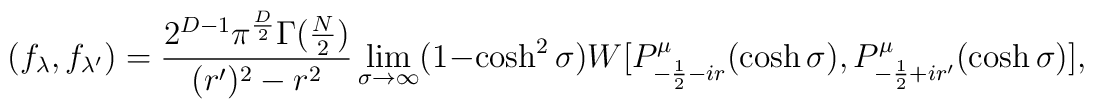
(f_{\lambda},f_{\lambda^{\prime}})=\frac{2^{D-1}\pi^{\frac{D}{2}}\Gamma(\frac{N}{2})}{(r')^2 - r^2} \lim_{\sigma\rightarrow \infty}(1-\cosh^{2} \sigma)W[P_{-\frac{1}{2} - ir}^{\mu}(\cosh \sigma),P_{-\frac{1}{2} + ir^{\prime}}^{\mu}(\cosh \sigma)]\:,